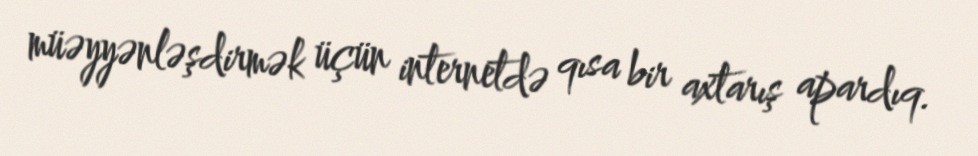
müəyyənləşdirmək üçün internetdə qısa bir axtarış apardıq.